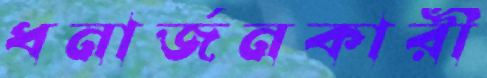
ধনার্জনকারী